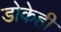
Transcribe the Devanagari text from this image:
डोकेही